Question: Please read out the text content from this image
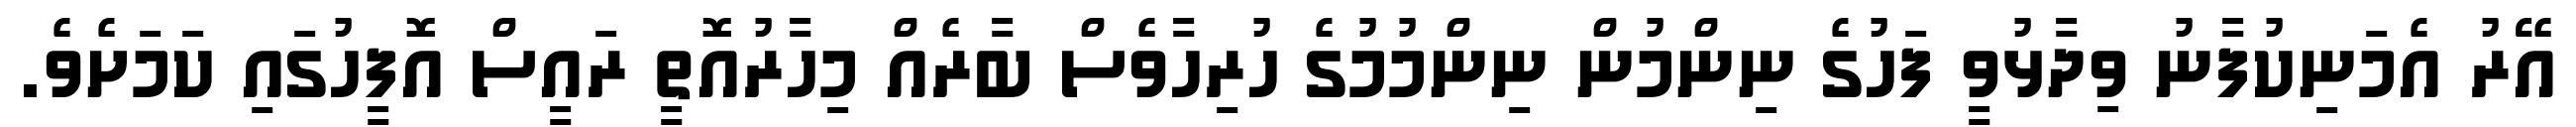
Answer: އޭރު އެމަނިކުފާނު ވިދާޅުވީ ފަހުގެ ނިންމުން ނިންމުމުގެ ހުރިހާވެސް ބާރެއް މިހާރުއޮތީ ރައީސް އޮފީހުގައި ކަމަށެވެ.